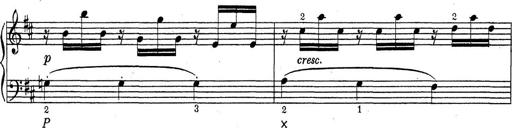
Title: ÄŒeskÃ© Sonatiny
Composer: Various